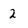
Character: 2